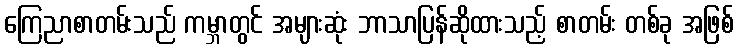
ကြေညာစာတမ်းသည် ကမ္ဘာတွင် အများဆုံး ဘာသာပြန်ဆိုထားသည့် စာတမ်း တစ်ခု အဖြစ်